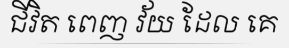
ជីវិត ពេញ វ័យ ដែល គេ